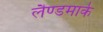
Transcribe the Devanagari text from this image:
लैण्‍डमार्क